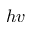
h v